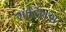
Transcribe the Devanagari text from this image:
मार्टिक्स